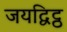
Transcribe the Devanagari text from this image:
जयद्विट्ठ